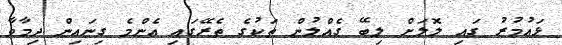
ޅައުމުރު ގައި ލޮލަށް ލިބޭ ގެއްލުން ތަކުގެ ތެރޭގައި އެންމެ ގިނައިން ދިމާވާ